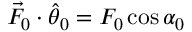
\vec { F } _ { 0 } \cdot \hat { \theta } _ { 0 } = F _ { 0 } \cos \alpha _ { 0 }